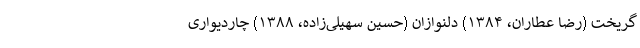
گریخت (رضا عطاران، ۱۳۸۴) دلنوازان (حسین سهیلی‌زاده، ۱۳۸۸) چاردیواری